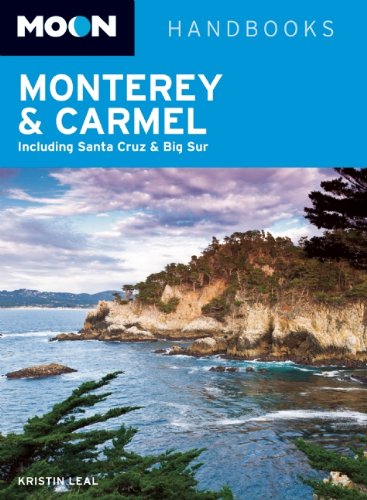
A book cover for Moon Monterey & Carmel: Including Santa Cruz & Big Sur (Moon Handbooks); Kristin Leal; Travel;